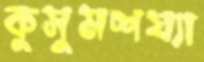
কুসুমশয্যা